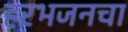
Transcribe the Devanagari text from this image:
हरभजनचा